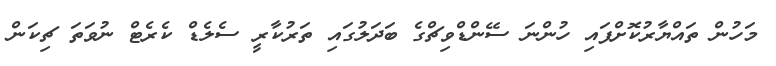
މަހުން ތައްޔާރުކޮށްފައި ހުންނަ ސޭންޑްވިޗްގެ ބަދަލުގައި ތަރުކާރީ ސެލެޑް ކެރެޓް ނުވަތަ ޗިކަން